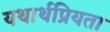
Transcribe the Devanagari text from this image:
यथार्थप्रियता